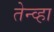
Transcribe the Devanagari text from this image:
तेन्व्हा